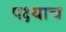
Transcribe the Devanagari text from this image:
पक्ष्याच